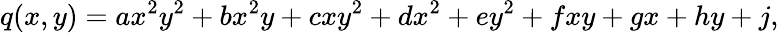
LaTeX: q(x,y)=ax^{2}y^{2}+bx^{2}y+cxy^{2}+dx^{2}+ey^{2}+fxy+gx+hy+j,